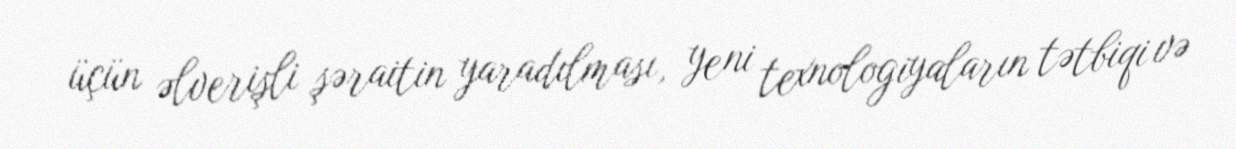
üçün əlverişli şəraitin yaradılması, yeni texnologiyaların tətbiqi və